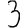
Digit: 3